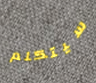
سيتكلم